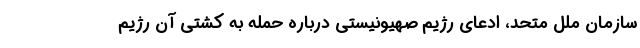
سازمان ملل متحد، ادعای رژیم صهیونیستی درباره حمله به کشتی آن رژیم